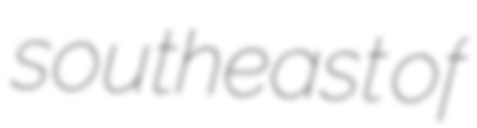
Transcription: southeast of